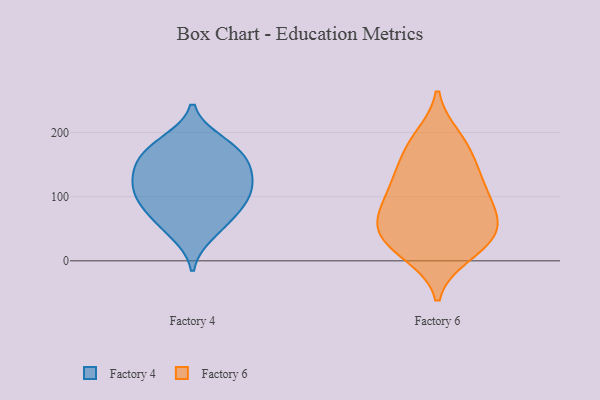
{"axis": {"x": "Market Share (%)", "y": "Value"}, "legend": ["Factory 4", "Factory 6"], "data": [{"x": "", "y": 166, "type": "Factory 4"}, {"x": "", "y": 124, "type": "Factory 4"}, {"x": "", "y": 95, "type": "Factory 4"}, {"x": "", "y": 104, "type": "Factory 4"}, {"x": "", "y": 76, "type": "Factory 4"}, {"x": "", "y": 61, "type": "Factory 4"}, {"x": "", "y": 178, "type": "Factory 4"}, {"x": "", "y": 133, "type": "Factory 4"}, {"x": "", "y": 42, "type": "Factory 4"}, {"x": "", "y": 156, "type": "Factory 4"}, {"x": "", "y": 186, "type": "Factory 4"}, {"x": "", "y": 140, "type": "Factory 4"}, {"x": "", "y": 101, "type": "Factory 4"}, {"x": "", "y": 64, "type": "Factory 6"}, {"x": "", "y": 185, "type": "Factory 6"}, {"x": "", "y": 119, "type": "Factory 6"}, {"x": "", "y": 26, "type": "Factory 6"}, {"x": "", "y": 18, "type": "Factory 6"}, {"x": "", "y": 165, "type": "Factory 6"}, {"x": "", "y": 58, "type": "Factory 6"}, {"x": "", "y": 48, "type": "Factory 6"}, {"x": "", "y": 105, "type": "Factory 6"}, {"x": "", "y": 10, "type": "Factory 6"}, {"x": "", "y": 141, "type": "Factory 6"}, {"x": "", "y": 122, "type": "Factory 6"}, {"x": "", "y": 71, "type": "Factory 6"}, {"x": "", "y": 84, "type": "Factory 6"}, {"x": "", "y": 192, "type": "Factory 6"}, {"x": "", "y": 38, "type": "Factory 6"}]}